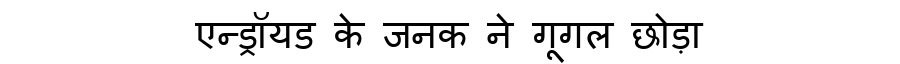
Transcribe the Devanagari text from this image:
एन्ड्रॉयड के जनक ने गूगल छोड़ा